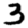
Digit: 3